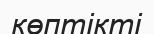
көптікті